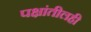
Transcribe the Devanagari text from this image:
पक्षांतीलही